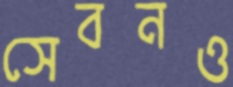
সেবনও